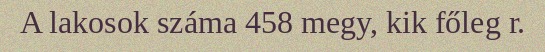
A lakosok száma 458 megy, kik főleg r.